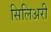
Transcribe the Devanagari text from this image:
सिलिअरी